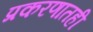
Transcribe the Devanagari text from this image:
प्रकरणातही